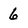
Character: 6